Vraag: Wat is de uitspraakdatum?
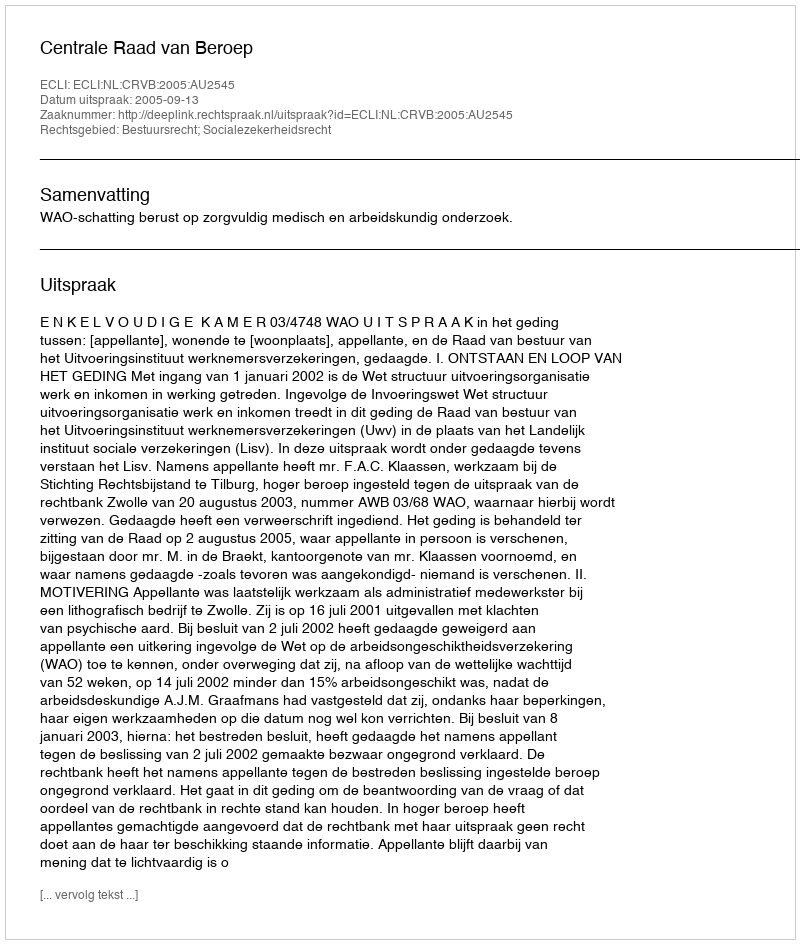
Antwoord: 2005-09-13